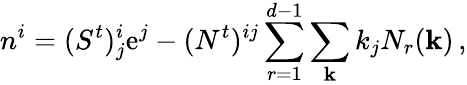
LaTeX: n^{i}=(S^{t})_{j}^{i}\mathrm{e}^{j}-(N^{t})^{ij}\sum_{r=1}^{d-1}\sum_{\mathbf{k}}k_{j}N_{r}({\mathbf{k}})\, ,